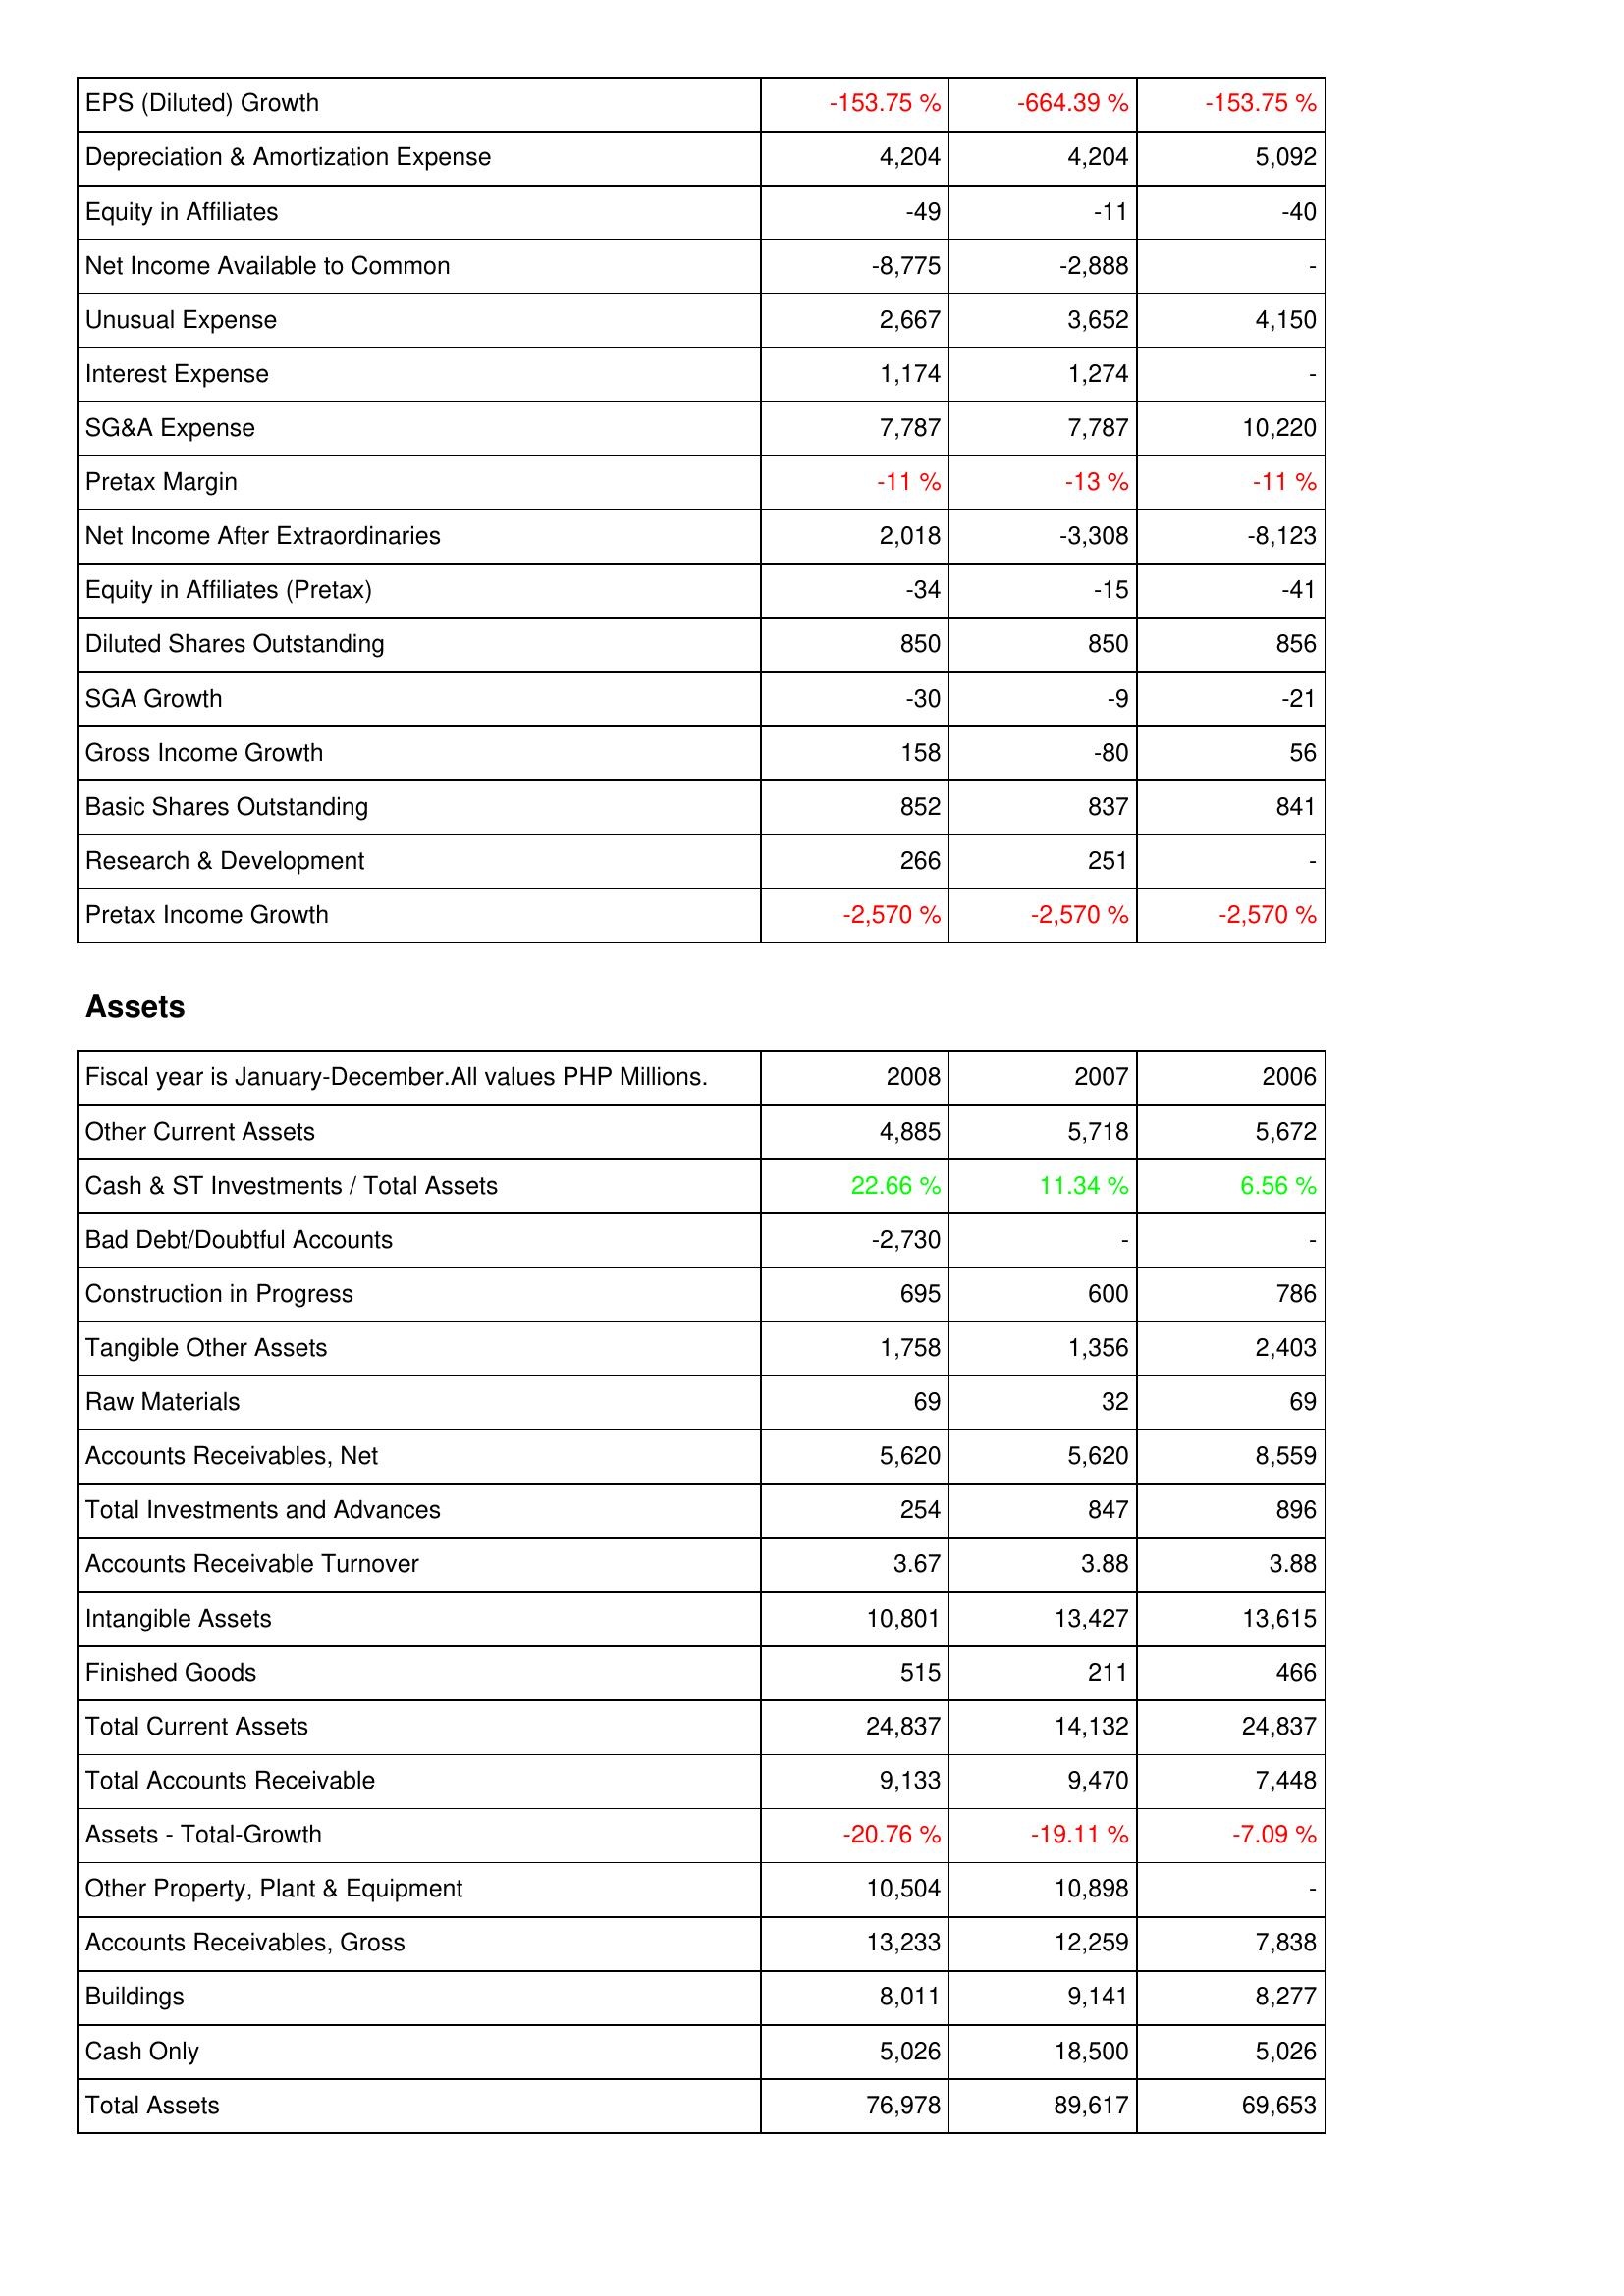
2008: Income Statement: EPS (Diluted) Growth: -153.75 %
Depreciation & Amortization Expense: 4,204
Equity in Affiliates: -49
Net Income Available to Common: -8,775
Unusual Expense: 2,667
Interest Expense: 1,174
SG&A Expense: 7,787
Pretax Margin: -11 %
Net Income After Extraordinaries: 2,018
Equity in Affiliates (Pretax): -34
Diluted Shares Outstanding: 850
SGA Growth: -30
Gross Income Growth: 158
Basic Shares Outstanding: 852
Research & Development: 266
Pretax Income Growth: -2,570 %
Assets: Other Current Assets: 4,885
Cash & ST Investments / Total Assets: 22.66 %
Bad Debt/Doubtful Accounts: -2,730
Construction in Progress: 695
Tangible Other Assets: 1,758
Raw Materials: 69
Accounts Receivables, Net: 5,620
Total Investments and Advances: 254
Accounts Receivable Turnover: 3.67
Intangible Assets: 10,801
Finished Goods: 515
Total Current Assets: 24,837
Total Accounts Receivable: 9,133
Assets - Total-Growth: -20.76 %
Other Property, Plant & Equipment: 10,504
Accounts Receivables, Gross: 13,233
Buildings: 8,011
Cash Only: 5,026
Total Assets: 76,978
2007: Income Statement: EPS (Diluted) Growth: -664.39 %
Depreciation & Amortization Expense: 4,204
Equity in Affiliates: -11
Net Income Available to Common: -2,888
Unusual Expense: 3,652
Interest Expense: 1,274
SG&A Expense: 7,787
Pretax Margin: -13 %
Net Income After Extraordinaries: -3,308
Equity in Affiliates (Pretax): -15
Diluted Shares Outstanding: 850
SGA Growth: -9
Gross Income Growth: -80
Basic Shares Outstanding: 837
Research & Development: 251
Pretax Income Growth: -2,570 %
Assets: Other Current Assets: 5,718
Cash & ST Investments / Total Assets: 11.34 %
Bad Debt/Doubtful Accounts: -
Construction in Progress: 600
Tangible Other Assets: 1,356
Raw Materials: 32
Accounts Receivables, Net: 5,620
Total Investments and Advances: 847
Accounts Receivable Turnover: 3.88
Intangible Assets: 13,427
Finished Goods: 211
Total Current Assets: 14,132
Total Accounts Receivable: 9,470
Assets - Total-Growth: -19.11 %
Other Property, Plant & Equipment: 10,898
Accounts Receivables, Gross: 12,259
Buildings: 9,141
Cash Only: 18,500
Total Assets: 89,617
2006: Income Statement: EPS (Diluted) Growth: -153.75 %
Depreciation & Amortization Expense: 5,092
Equity in Affiliates: -40
Net Income Available to Common: -
Unusual Expense: 4,150
Interest Expense: -
SG&A Expense: 10,220
Pretax Margin: -11 %
Net Income After Extraordinaries: -8,123
Equity in Affiliates (Pretax): -41
Diluted Shares Outstanding: 856
SGA Growth: -21
Gross Income Growth: 56
Basic Shares Outstanding: 841
Research & Development: -
Pretax Income Growth: -2,570 %
Assets: Other Current Assets: 5,672
Cash & ST Investments / Total Assets: 6.56 %
Bad Debt/Doubtful Accounts: -
Construction in Progress: 786
Tangible Other Assets: 2,403
Raw Materials: 69
Accounts Receivables, Net: 8,559
Total Investments and Advances: 896
Accounts Receivable Turnover: 3.88
Intangible Assets: 13,615
Finished Goods: 466
Total Current Assets: 24,837
Total Accounts Receivable: 7,448
Assets - Total-Growth: -7.09 %
Other Property, Plant & Equipment: -
Accounts Receivables, Gross: 7,838
Buildings: 8,277
Cash Only: 5,026
Total Assets: 69,653